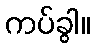
ကပ်ခွါ။